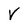
Character: V